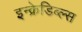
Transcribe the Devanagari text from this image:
इन्क्रेडिब्ल्स